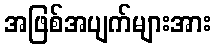
အဖြစ်အပျက်များအား